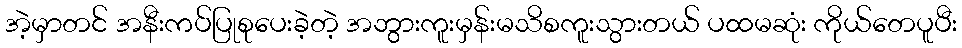
အဲ့မှာတင် အနီးကပ်ပြုစုပေးခဲ့တဲ့ အဘွားကူးမှန်းမသိစကူးသွားတယ် ပထမဆုံး ကိုယ်တေပူပီး